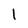
Character: l